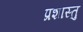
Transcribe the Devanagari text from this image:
प्रशास्तु